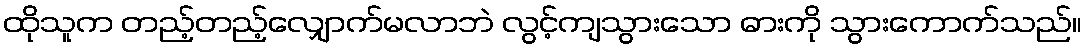
ထိုသူက တည့်တည့်လျှောက်မလာဘဲ လွင့်ကျသွားသော ဓားကို သွားကောက်သည်။